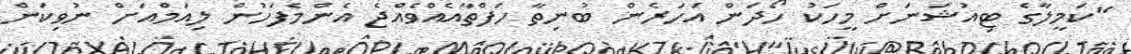
"ކަމީލާގެ ޓިއުޝަނަށް މީހަކު ހޯދަން އަހަރެން ބުނިތާ ހަފްތާއެއްވެއްޖެ އެންމެފަހުން ލިއަމްއަށް ނުވިކަން